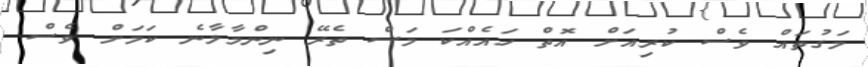
މަގުތައް ވެސް ކުރިއަށް އޮތް ހައެއްކަ މަސް ތެރޭ ނިންމާލާނެ ކަމަށް ވެސް